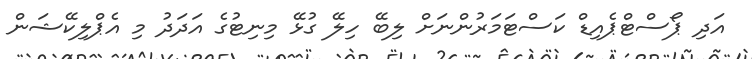
އަދި ޕޯސްޓްޕެއިޑް ކަސްޓަމަރުންނަށް ލިބޭ ހިލޭ ގުޅޭ މިނިޓުގެ އަދަދު މި އެޕްލިކޭޝަން